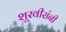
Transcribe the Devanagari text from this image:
शूरवीरांनी